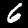
Label: 6